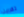
تقررين